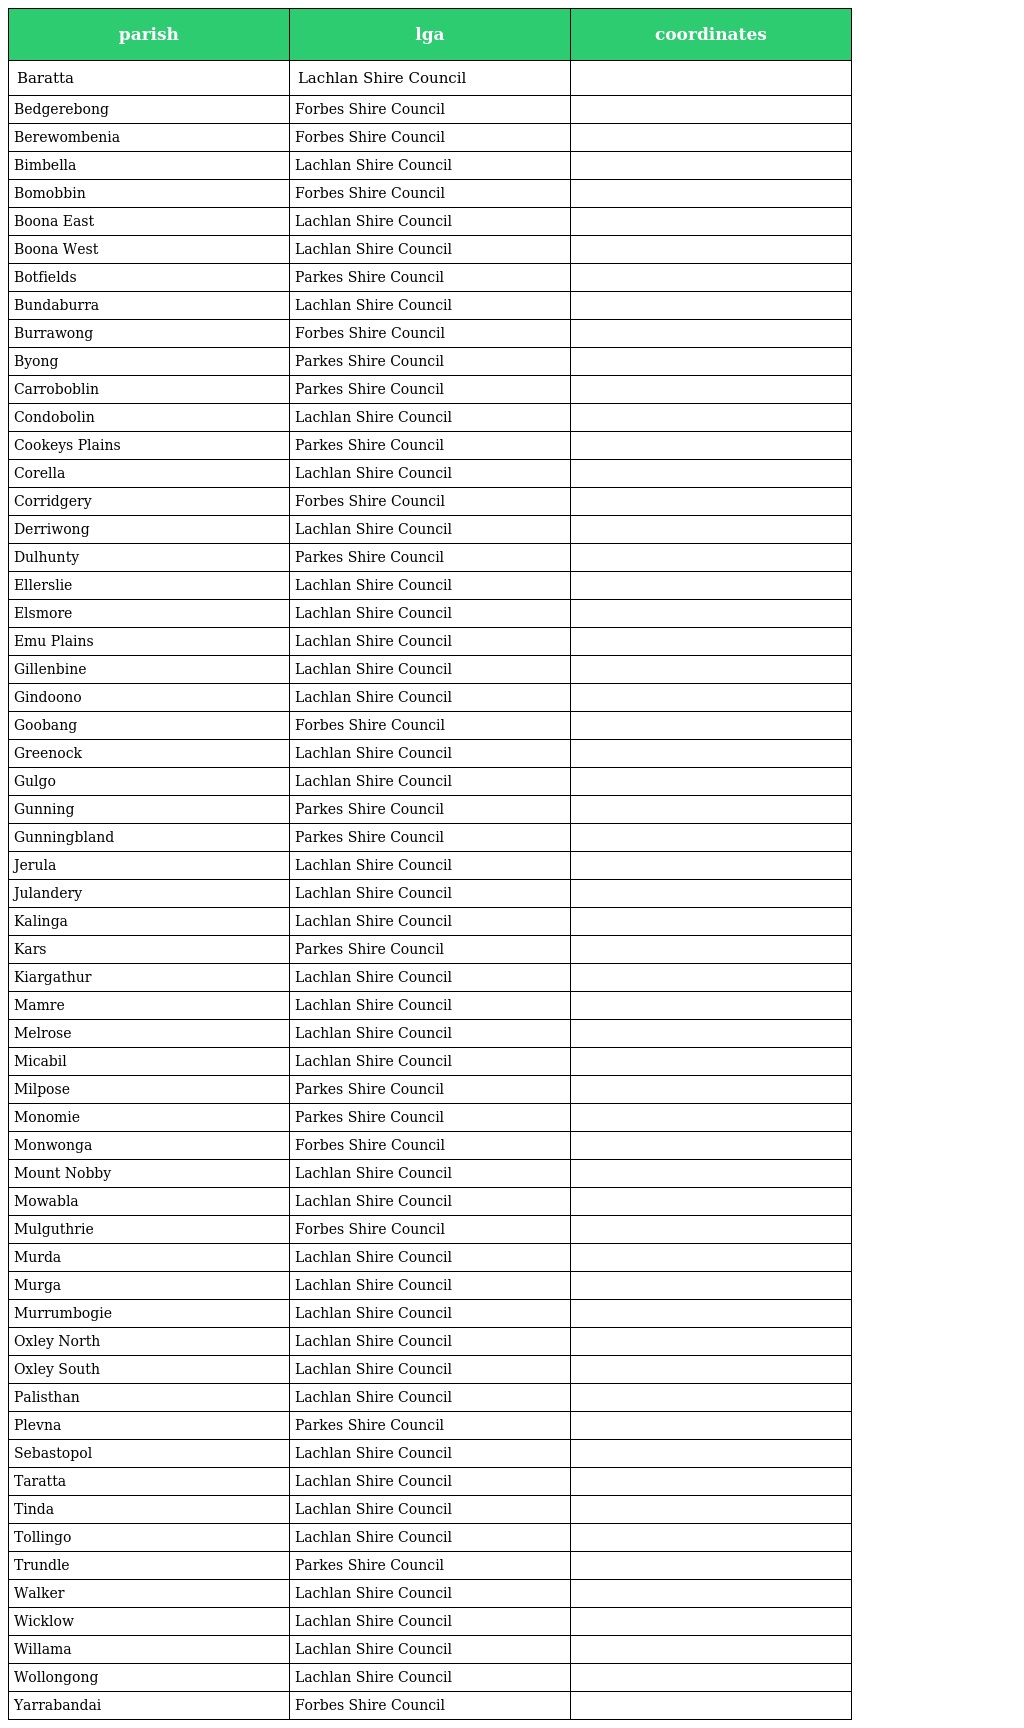
| parish | lga | coordinates |
 | --- | --- | --- |
 | Baratta | Lachlan Shire Council |  |
 | Bedgerebong | Forbes Shire Council |  |
 | Berewombenia | Forbes Shire Council |  |
 | Bimbella | Lachlan Shire Council |  |
 | Bomobbin | Forbes Shire Council |  |
 | Boona East | Lachlan Shire Council |  |
 | Boona West | Lachlan Shire Council |  |
 | Botfields | Parkes Shire Council |  |
 | Bundaburra | Lachlan Shire Council |  |
 | Burrawong | Forbes Shire Council |  |
 | Byong | Parkes Shire Council |  |
 | Carroboblin | Parkes Shire Council |  |
 | Condobolin | Lachlan Shire Council |  |
 | Cookeys Plains | Parkes Shire Council |  |
 | Corella | Lachlan Shire Council |  |
 | Corridgery | Forbes Shire Council |  |
 | Derriwong | Lachlan Shire Council |  |
 | Dulhunty | Parkes Shire Council |  |
 | Ellerslie | Lachlan Shire Council |  |
 | Elsmore | Lachlan Shire Council |  |
 | Emu Plains | Lachlan Shire Council |  |
 | Gillenbine | Lachlan Shire Council |  |
 | Gindoono | Lachlan Shire Council |  |
 | Goobang | Forbes Shire Council |  |
 | Greenock | Lachlan Shire Council |  |
 | Gulgo | Lachlan Shire Council |  |
 | Gunning | Parkes Shire Council |  |
 | Gunningbland | Parkes Shire Council |  |
 | Jerula | Lachlan Shire Council |  |
 | Julandery | Lachlan Shire Council |  |
 | Kalinga | Lachlan Shire Council |  |
 | Kars | Parkes Shire Council |  |
 | Kiargathur | Lachlan Shire Council |  |
 | Mamre | Lachlan Shire Council |  |
 | Melrose | Lachlan Shire Council |  |
 | Micabil | Lachlan Shire Council |  |
 | Milpose | Parkes Shire Council |  |
 | Monomie | Parkes Shire Council |  |
 | Monwonga | Forbes Shire Council |  |
 | Mount Nobby | Lachlan Shire Council |  |
 | Mowabla | Lachlan Shire Council |  |
 | Mulguthrie | Forbes Shire Council |  |
 | Murda | Lachlan Shire Council |  |
 | Murga | Lachlan Shire Council |  |
 | Murrumbogie | Lachlan Shire Council |  |
 | Oxley North | Lachlan Shire Council |  |
 | Oxley South | Lachlan Shire Council |  |
 | Palisthan | Lachlan Shire Council |  |
 | Plevna | Parkes Shire Council |  |
 | Sebastopol | Lachlan Shire Council |  |
 | Taratta | Lachlan Shire Council |  |
 | Tinda | Lachlan Shire Council |  |
 | Tollingo | Lachlan Shire Council |  |
 | Trundle | Parkes Shire Council |  |
 | Walker | Lachlan Shire Council |  |
 | Wicklow | Lachlan Shire Council |  |
 | Willama | Lachlan Shire Council |  |
 | Wollongong | Lachlan Shire Council |  |
 | Yarrabandai | Forbes Shire Council |  |